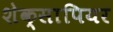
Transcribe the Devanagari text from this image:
शेक्सापियर